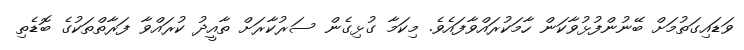
ވަޑައިގަތުމަށް ބޭނުންފުޅުވާކަން ހާމަކުރައްވާފައެވެ. މިކަމާ ގުޅިގެން ސަރުކާރަށް ތާއީދު ކުރައްވާ ފަރާތްތަކުގެ ބޮޑެތި